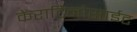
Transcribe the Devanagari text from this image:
केराटिनोसाईट